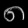
Digit: ၈